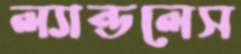
ল্যান্ডলেস